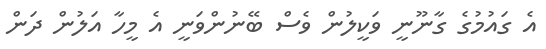
އެ ގައުމުގެ ގާނޫނީ ވަކީލުން ވެސް ބޭނުންވަނީ އެ މީހާ އަލުން ދަން